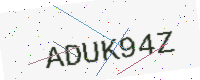
Text: ADUK94Z